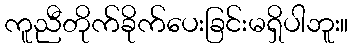
ကူညီတိုက်ခိုက်ပေးခြင်းမရှိပါဘူး။